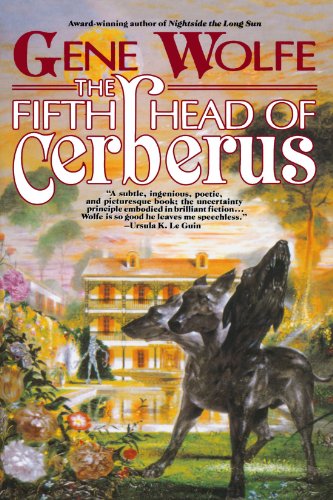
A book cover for The Fifth Head of Cerberus: Three Novellas; Gene Wolfe; Science Fiction & Fantasy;